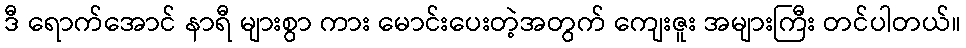
ဒီ ရောက်အောင် နာရီ များစွာ ကား မောင်းပေးတဲ့အတွက် ကျေးဇူး အများကြီး တင်ပါတယ်။